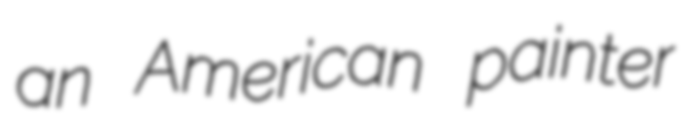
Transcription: an American painter